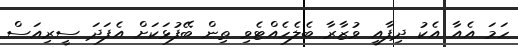
ހަމަ އެއާ އެކު ދިފާއީ ވުޒާރާ ބެލެެހެއްޓެވި ތިން ބޭފުޅަކަށް އެފަދަ ސީރިއަސް